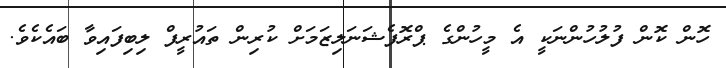
ހޮން ކޮން ފުލުހުންނަކީ އެ މީހުންގެ ޕްރޮފެޝަނަލިޒަމަށް ކުރިން ތައުރީފް ލިބިފައިވާ ބައެކެވެ.